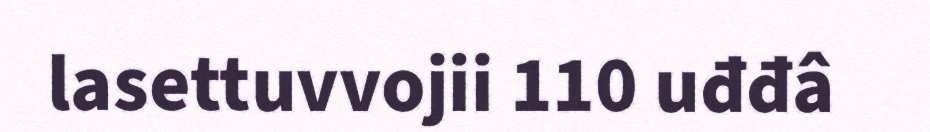
lasettuvvojii 110 uđđâ